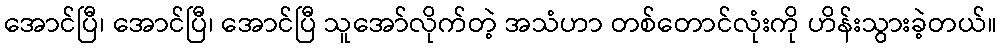
အောင်ပြီ၊ အောင်ပြီ၊ အောင်ပြီ သူအော်လိုက်တဲ့ အသံဟာ တစ်တောင်လုံးကို ဟိန်းသွားခဲ့တယ်။